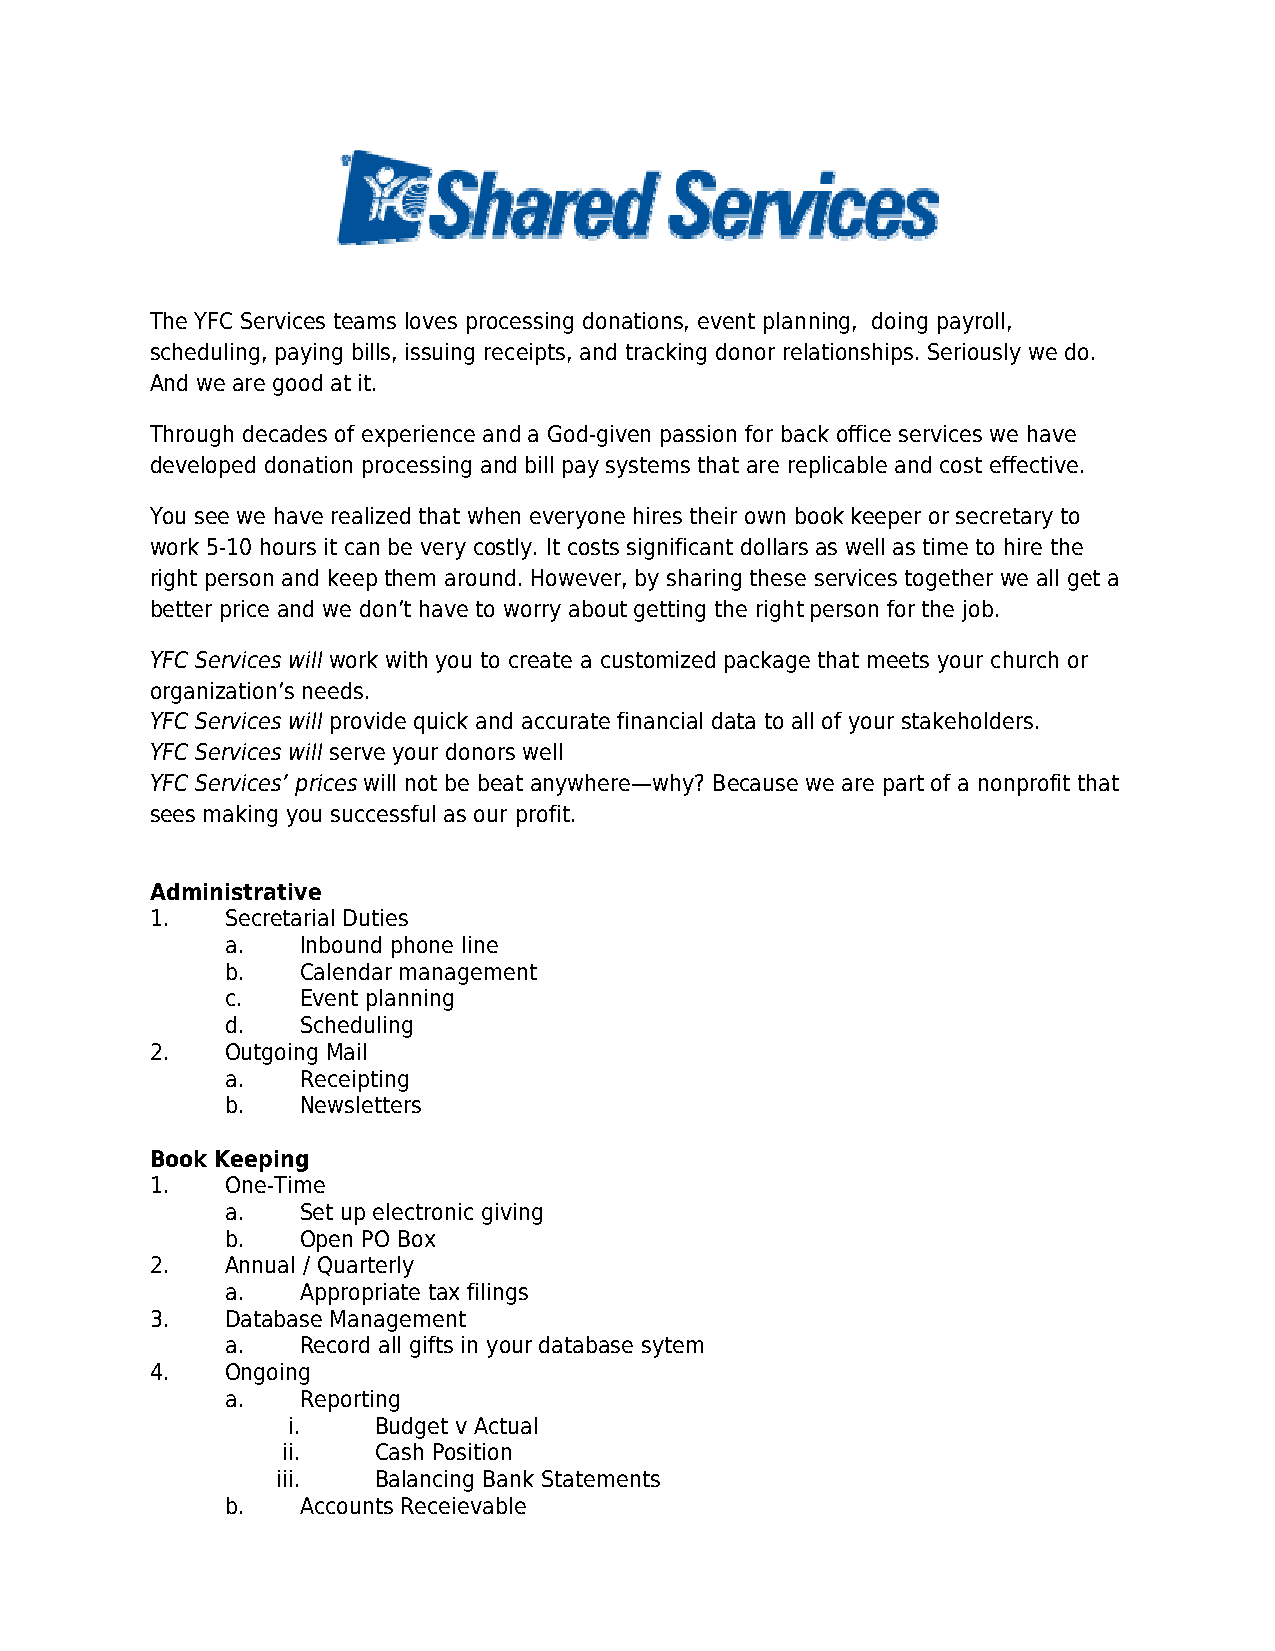
The YFC Services teams loves processing donations, event planning, doing payroll,
 scheduling, paying bills, issuing receipts, and tracking donor relationships. Seriously we do.
 And we are good at it.
 Through decades of experience and a God-given passion for back office services we have
 developed donation processing and bill pay systems that are replicable and cost effective.
 You see we have realized that when everyone hires their own book keeper or secretary to
 work 5-10 hours it can be very costly. It costs significant dollars as well as time to hire the
 right person and keep them around. However, by sharing these services together we all get a
 better price and we don’t have to worry about getting the right person for the job.
 YFC Services will work with you to create a customized package that meets your church or
 organization’s needs.
 YFC Services will provide quick and accurate financial data to all of your stakeholders.
 YFC Services will serve your donors well
 YFC Services’ prices will not be beat anywhere—why? Because we are part of a nonprofit that
 sees making you successful as our profit.
 Administrative
 1.   Secretarial Duties
 a.   Inbound phone line
 b.   Calendar management
 c.   Event planning
 d.   Scheduling
 2.   Outgoing Mail
 a.   Receipting
 b.   Newsletters
 Book Keeping
 1.   One-Time
 a.   Set up electronic giving
 b.   Open PO Box
 2.   Annual / Quarterly
 a.   Appropriate tax filings
 3.   Database Management
 a.   Record all gifts in your database sytem
 4.   Ongoing
 a.   Reporting
 i.    Budget v Actual
 ii.   Cash Position
 iii.   Balancing Bank Statements
 b.   Accounts Receievable